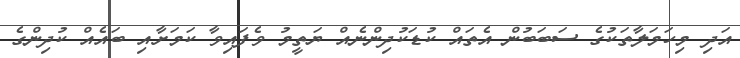
އަދި މިހަމަލާތަކުގެ ސަބަބުން އެތައް ކުޑަކުދިންނެއް ޔަތީމު ވެފައިވާ ކަމަށާއި ބައެއް ކުދިންގެ